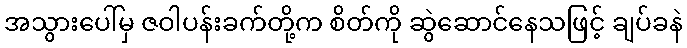
အသွားပေါ်မှ ဇဝါပန်းခက်တို့က စိတ်ကို ဆွဲဆောင်နေသဖြင့် ချပ်ခနဲ